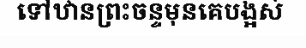
ទៅឋានព្រះចន្ទមុនគេបង្អស់